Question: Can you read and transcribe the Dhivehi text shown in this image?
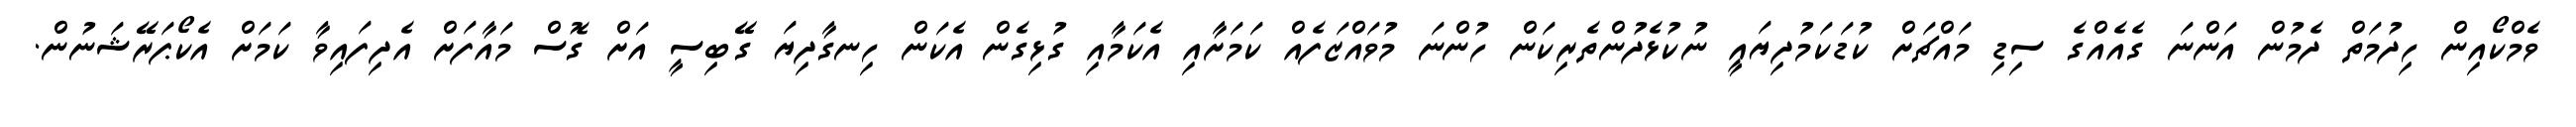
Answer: ވެމްކޯއިން ހިދުމަތް ދެމުން އަންނަ ގެއެއްގެ ސިޑި މައްޗަށް ކުޑަކަމުދިޔައީ ނުކުޅެދުންތެރިކަން ހުންނަ މުވައްޒަފެއް ކަމަށާއި އެކަމާއި ގުޅިގެން އެކަން ހިނގާދިޔަ ގޭބިސީ އަށް ގޮސް މައާފަށް އެދިފައިވާ ކަމަށް އެކޯޕަރޭޝަނުން.